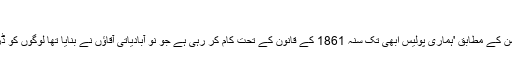
'
ڈاکٹر مہدی حسن کے مطابق 'ہماری پولیس ابھی تک سنہ 1861 کے قانون کے تحت کام کر رہی ہے جو نو آبادیاتی آقاؤں نے بنایا تھا لوگوں کو ڈرانے کے لیے۔